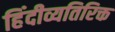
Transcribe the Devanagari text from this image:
हिंदीव्यतिरिक्त